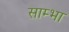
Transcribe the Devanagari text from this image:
साम्भा